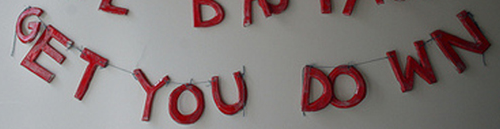
GET YOU DO WN